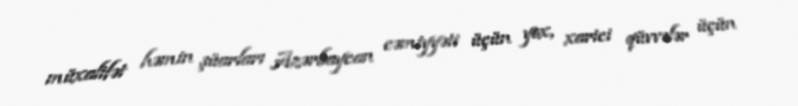
müxalifət həmin şüarları Azərbaycan cəmiyyəti üçün yox, xarici qüvvələr üçün